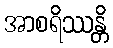
အာစရိဿန္တိ